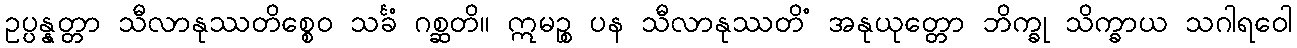
ဥပ္ပန္နတ္တာ သီလာနုဿတိစ္စေဝ သင်္ခံ ဂစ္ဆတိ။ ဣမဉ္စ ပန သီလာနုဿတိံ အနုယုတ္တော ဘိက္ခု သိက္ခာယ သဂါရဝေါ